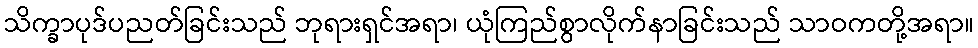
သိက္ခာပုဒ်ပညတ်ခြင်းသည် ဘုရားရှင်အရာ၊ ယုံကြည်စွာလိုက်နာခြင်းသည် သာဝကတို့အရာ။